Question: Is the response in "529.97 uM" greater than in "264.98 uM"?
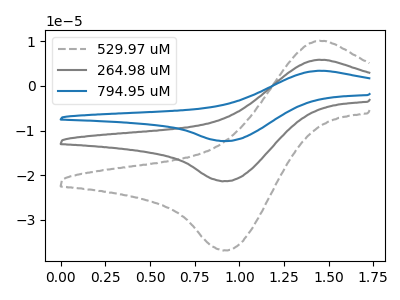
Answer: <think>The gray dashed curve "529.97 uM" has an anodic peak at (1.45V, 10.05uA) and a cathodic peak at (0.90V, -36.80uA). The gray curve "264.98 uM" has an anodic peak at (1.45V, 5.85uA) and a cathodic peak at (0.90V, -21.30uA). The blue curve "794.95 uM" has an anodic peak at (1.45V, 11.65uA) and a cathodic peak at (0.90V, -42.60uA).
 All the peaks in "529.97 uM" have a peak in "264.98 uM" at the same potential. Every peak in "529.97 uM" is higher than every peak in "264.98 uM".</think>
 <answer>"529.97 uM" has more signal than "264.98 uM".</answer>
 <eval>more_signal</eval>